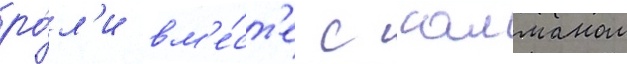
ро́л'и вм'е́ст'е с салманом